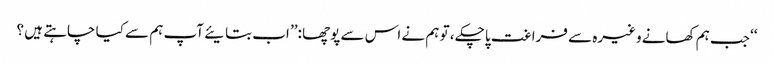
‘‘ جب ہم کھانے وغیرہ سے فراغت پاچکے ، تو ہم نے اس سے پوچھا :’’ اب بتایئے آپ ہم سے کیا چاہتے ہیں ؟